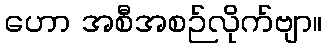
ဟော အစီအစဉ်လိုက်ဗျာ။